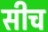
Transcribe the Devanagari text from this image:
सीच